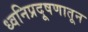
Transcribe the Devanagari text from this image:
ध्वनिप्रदूषणातून